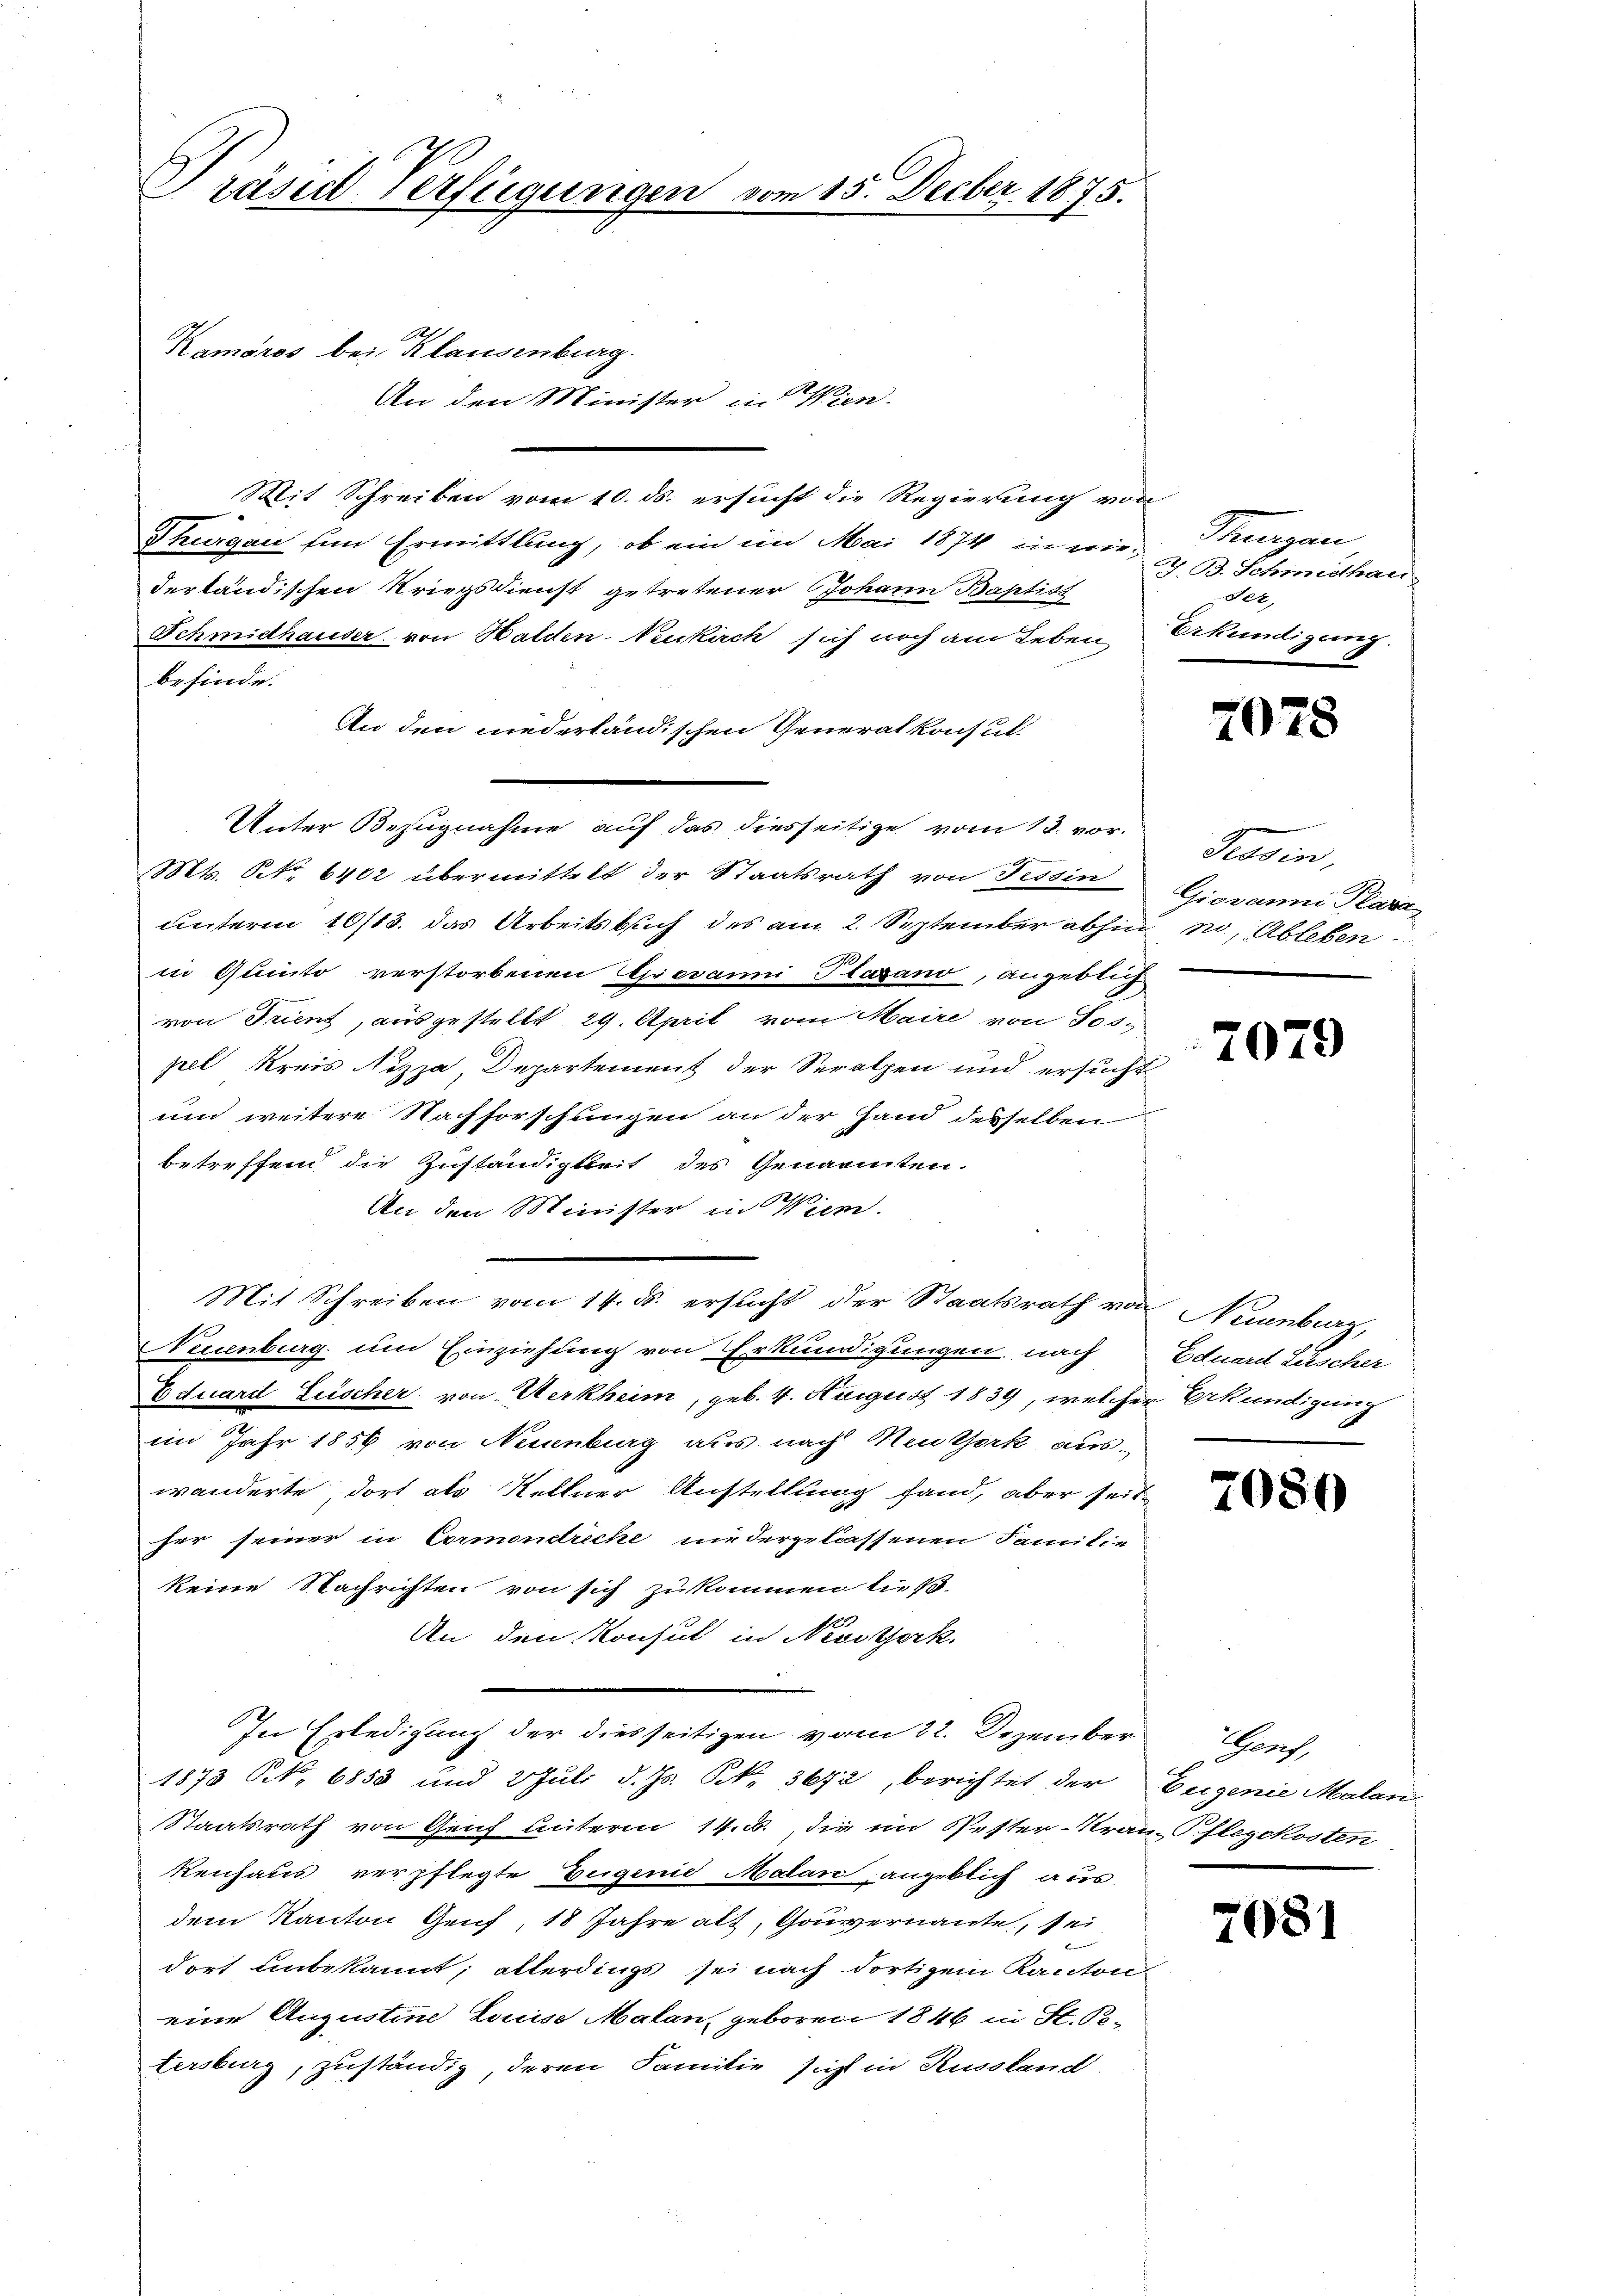
Präsid-Verfügungen vom 15. Decber 1875.

1
Kamáros bei Klausenburg.

Mit Schreiben vom 10. ds. ersucht die Regierung von
Thurgau fin Ermittlung, ob ein im Mai 1874 in niederländischen Kriegsdienst getretener Johann Baptist
Schmidhauser von Halden-Neukirch sich noch am Leben
befinde.
An den niederländischen Generalkonsul
Unter Bezugnahme auf das diesseitige vom 18. vor.
Mts. No. 6402 übermittelt der Staatsrath von Tessin
unterm 10/13. das Arbeitsbuch des am 2. September abhin m. Ableben
in Quinto verstorbenen Grevanni Plagano, angeblich
von Trient, ausgestellt 29. April vom Maire von Tospell Kreis Nizza, Departement der Seralpen und ersucht
und weitere Nachforschungen an der Hand desselben
betreffend die Zuständigkeit des Genannten.
An den Minister in Wien.
Mit Schreiben vom 14. ds. ersucht der Staatsrath von Neuenburg,
Neuenburg um Einziehung von Erkundigungen, nach
Eduard Lüscher von Werkheim, geb. 4. August 1839, welcher Erkundigung
im Jahr 1856 von Neuenburg aus nach Neutörk aus-
wänderte dort als Kellner Austellung fand, aber seither seiner in Cormondreche niedergelassenen Familie
keine Nachrichten von sich zukommen ließ.
An den Konsul in Nestork.
In Erledigung der diesseitigen vom 22. Dezember Genf,
1873 NNo. 6858 und 2 Juli d. Js. Nr. 3672, berichtet der
Staatsrath von Genf unterm 14. d. die im Gester-Kran-Pflegekosten
kenhaus verpflegte Teigenie Malan, angeblich aus
dem Kanton Genf, 18 Jahre alt, Gouvernannte, sei
dort unbekannt; allerdings sei nach dortigem Kanton
eine Augustine Louise Malan, geboren 1846 in St. Petersburg, zuständig, deren Familie sicht in Russland

An den Minister in Wien.

Singen
7. B. Schmidthau
Jer,
Erkundigung

7078

Brasin,
Giovanni Plaza
.

7079

Eduard Lüscher

20

56)

Eugenie Malan

7081